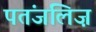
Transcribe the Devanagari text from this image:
पतंजलिज़